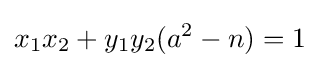
x_{1}x_{2}+y_{1}y_{2}(a^{2}-n)=1